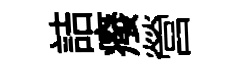
詰癈營